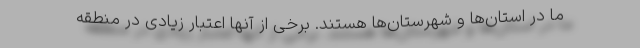
ما در استان‌ها و شهرستان‌ها هستند. برخی از آنها اعتبار زیادی در منطقه